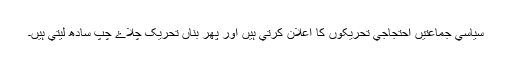
سياسي جماعتيں احتجاجي تحريکوں کا اعلان کرتي ہيں اور پھر بناں تحريک چلاۓ چپ سادھ ليتي ہيں۔